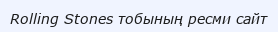
Rolling Stones тобының ресми сайт